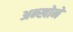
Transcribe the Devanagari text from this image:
अन्खोने